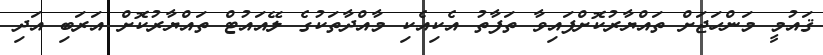
ޤައުމީ މަންހަޖަށް ތައްޔާރުކޮށްފައިވާ ތަފާތު އެކިއެކި މާއްދާތަކުގެ ލޭއައުޓް ތައްޔާރުކޮށް އަރަބި އަދި